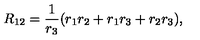
R _ { 1 2 } = { \frac { 1 } { r _ { 3 } } } ( { r _ { 1 } r _ { 2 } + r _ { 1 } r _ { 3 } + r _ { 2 } r _ { 3 } } ) ,